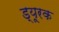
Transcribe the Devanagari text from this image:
ड्यूरक